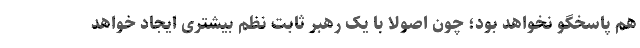
هم پاسخگو نخواهد بود؛ چون اصولا با یک رهبر ثابت نظم بیشتری ایجاد خواهد